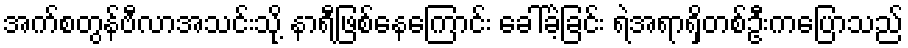
အက်စတွန်ဗီလာအသင်းသို့ နာရီဖြစ်နေကြောင်း ခေါ်ခဲ့ခြင်း ရဲအရာရှိတစ်ဦးကပြောသည်